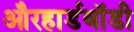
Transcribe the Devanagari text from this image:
औरहार्डबॉडी